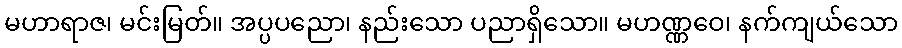
မဟာရာဇ၊ မင်းမြတ်။ အပ္ပပညော၊ နည်းသော ပညာရှိသော။ မဟဏ္ဏဝေ၊ နက်ကျယ်သော